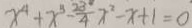
x ^ { 4 } + x ^ { 3 } - \frac { 2 3 } { 4 } x ^ { 2 } - x + 1 = 0